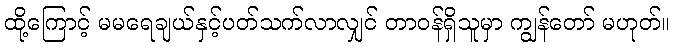
ထို့ကြောင့် မမရေချယ်နှင့်ပတ်သက်လာလျှင် တာဝန်ရှိသူမှာ ကျွန်တော် မဟုတ်။